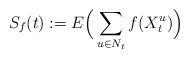
LaTeX: \begin{align*}S_f(t) := E \Big( \sum_{u \in N_t} f(X^u_t) \Big) \end{align*}